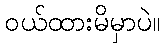
ဝယ်ထားမိမှာပဲ။